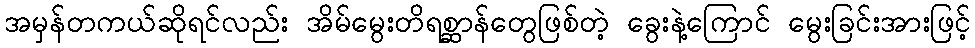
အမှန်တကယ်ဆိုရင်လည်း အိမ်မွေးတိရစ္ဆာန်တွေဖြစ်တဲ့ ခွေးနဲ့ကြောင် မွေးခြင်းအားဖြင့်